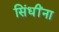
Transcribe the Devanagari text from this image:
सिंधींना